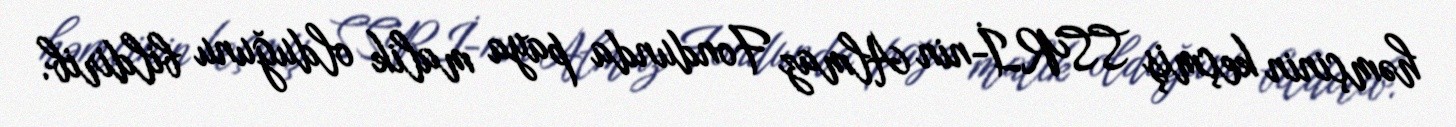
həmçinin keçmiş SSRİ-nin Almaz Fondunda paya malik olduğunu bildirib.